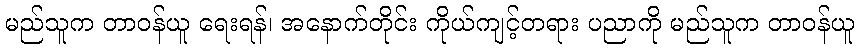
မည်သူက တာဝန်ယူ ရေးရန်၊ အနောက်တိုင်း ကိုယ်ကျင့်တရား ပညာကို မည်သူက တာဝန်ယူ